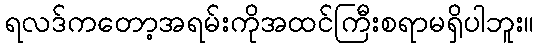
ရလဒ်ကတော့အရမ်းကိုအထင်ကြီးစရာမရှိပါဘူး။